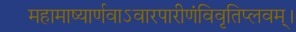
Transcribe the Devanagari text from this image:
महामाष्यार्णवाऽवारपारीणंविवृतिप्लवम्।